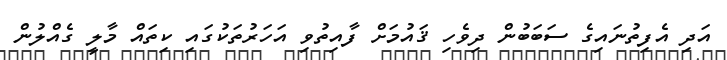
އަދި އެފިތުނައިގެ ސަބަބުން ދިވެހި ޤައުމަށް ފާއިތުވި އަހަރުތަކުގައި ކިތައް މާލީ ގެއްލުން